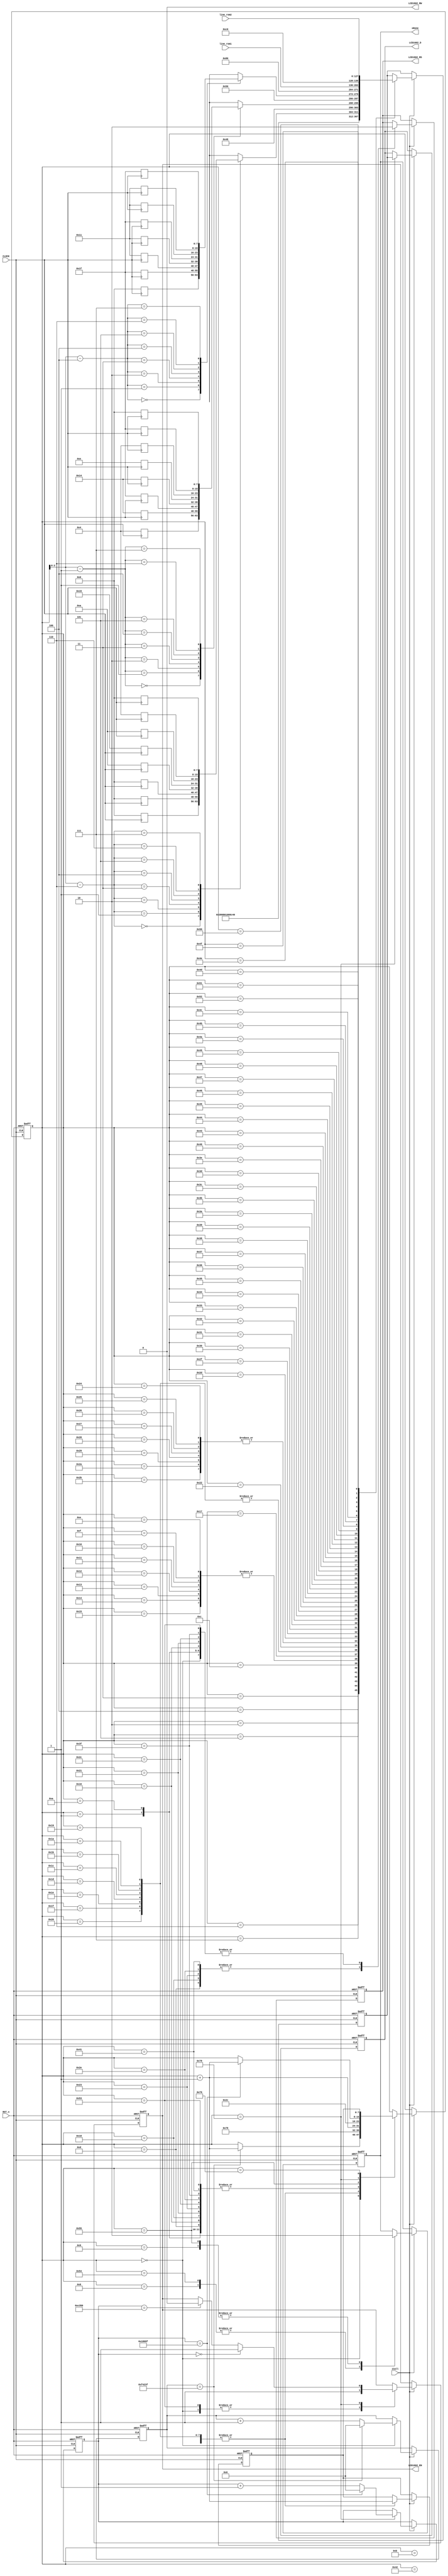
//****************************************************************************//
//# @Author: 
//# @Date:   2019-05-19 21:06:32
//# @Last Modified by:   zlk
//# @WeChat Official Account: OpenFPGA
//# @Last Modified time: 2019-06-30 22:59:30
//# Description: 
//# @Modification History: 2019-05-19 20:58:19
//# Date			    By			   VerDATAn			   Change Description: 
//# ========================================================================= #
//# 2019-05-19 20:58:19
//# ========================================================================= #
//# |                                          								| #
//# |                                OpenFPGA     							| #
//****************************************************************************//
module lcd1602_funcmod
(
    input CLOCK, RST_n,

	//lcd1602 interface
	output 				LCD1602_RS,		//H: Data; L: Instruction code
	output				LCD1602_RW,		//H: Read; L: Write
	output  			LCD1602_EN,		//LCD1602 Chip enable signal
	output		[7:0]	LCD1602_D,		//LCD1602 Data interface

	input		[127:0]	line_rom1,	//LCD1602 1th row display
	input		[127:0]	line_rom2,	//LCD1602 2th row display
	//Signal
	input iCall,
	output oDone
);	 
	 parameter DELAY_TIME = 1000_000;   //Delay for 20ms
	 //localparam DELAY_TIME = 20'd1000;		//Just for test
	 parameter FCLK = 20'd100_000, FHALF = 20'd50_000; // 500hz,(1/500hz)/(1/50Mhz) FCLK 
	 //localparam FCLK = 20'd100, FHALF = 20'd50;        //Just for test
	 parameter FF_Write = 8'd120;//FHALF   //tsp1
	 //localparam FF_Write = 20'd16;        //Just for test

reg [7:0] data_character1  [7:0];    //this is    00H
reg [7:0] data_character2 [7:0];    //           01H
reg [7:0] data_character3 [7:0];   //           02H
always @(posedge CLOCK )
begin
    data_character1[0] <= 8'h00;
    data_character1[1] <= 8'h00;
    data_character1[2] <= 8'h00;
    data_character1[3] <= 8'h0a;
    data_character1[4] <= 8'h15;
    data_character1[5] <= 8'h0a;
    data_character1[6] <= 8'h04;
    data_character1[7] <= 8'h00;
	 
    data_character2[0] <= 8'h04;
    data_character2[1] <= 8'h14;
    data_character2[2] <= 8'h1f;
    data_character2[3] <= 8'h14;
    data_character2[4] <= 8'h0e;
    data_character2[5] <= 8'h04;
    data_character2[6] <= 8'h1f;
    data_character2[7] <= 8'h00;
	
    data_character3[0] <= 8'h00;
    data_character3[1] <= 8'h1F;
    data_character3[2] <= 8'h11;
    data_character3[3] <= 8'h11;
    data_character3[4] <= 8'h1f;
    data_character3[5] <= 8'h11;
    data_character3[6] <= 8'h11;
    data_character3[7] <= 8'h1f;
end
	
	 
	 assign LCD1602_RW=1'b0;
	 reg [19:0]C1,C2;
    reg [7:0]i,Go;
	 reg [7:0]T; //D1  T 
	 reg rRS, rEN; 
	 reg [7:0]rDATA;
	 reg isDone; //isQ  IO 
	 
//LCD1602 init
localparam	DISP_SET	= 	8'h38;	//Display mode: Set 16X2,5X8, 8 bits data
localparam 	DISP_OFF	= 	8'h08;	//Display off
localparam 	CLR_SCR 	= 	8'h01;	//Clear the LCD
localparam 	CURSOR_SET1 = 	8'h06;	//Set Cursor
localparam 	CURSOR_SET2 = 	8'h0C;	//Display on

//CGRAM 
localparam  CGRAM_SET  = 8'h40;

//CGRAM 00H address
localparam  CGRAM0_ADDR  = 8'h48;

//CGRAM 01H address
localparam  CGRAM1_ADDR  = 8'h50;

//CGRAM 02H address
localparam  CGRAM2_ADDR  = 8'h80;

//Display 1th line	
localparam 	ROW1_ADDR	= 	8'h80;	//Line1's first address	

//Display 2th line
localparam 	ROW2_ADDR	= 	8'hC0;	//Line2's first address	

    always @ ( posedge CLOCK or negedge RST_n )	
	     if( !RST_n )
		      begin
				    { C1,C2 } <={ 20'd0,20'd0 };
				    { i,Go } <= { 8'd0,6'd0 };
					 T  <= 8'd0;
					 { rRS, rEN, rDATA } <= 3'b000;
					  isDone <= 1'b0;
				end
/***********************************************************************
 0 
 1 
 2  3~4 
***********************************************************************/
		   else if( iCall )
			    case( i )
				     
					0://20ms
					    begin 
					    	{ rRS,rEN } <= 2'b01; 
					  		if( C2 == DELAY_TIME -1) begin C2 <= 20'd0; i <= i + 1'b1; end
							else C2 <= C2 + 1'b1;
					    end
				
					1:
					    begin  rRS <=1'b0;i <= i + 1'b1; end //{ rRS,rEN } <= 2'b01;
						 
					2:
					    begin T <= 8'h00; i <= FF_Write; Go <= i + 1'b1; end   //IDLE

					3:
					    begin T <= DISP_SET; i <= FF_Write; Go <= i + 1'b1; end

					4:
					    begin T <= DISP_OFF; i <= FF_Write; Go <= i + 1'b1; end

					5:
					    begin T <= CLR_SCR; i <= FF_Write; Go <= i + 1'b1; end

					6:
					    begin T <= CURSOR_SET1; i <= FF_Write; Go <= i + 1'b1; end

					7:
						 begin T <= CURSOR_SET2; i <= FF_Write; Go <= i + 1'b1; end
						
						
					8:
					    begin isDone <= 1'b1; i <= i + 1'b1; end
					  
					9:
					    begin isDone <= 1'b0; i <= i + 1'b1; end

					10://write CGRAM
					    begin rRS <=1'b0; i <= i + 1'b1; end//{ rRS,rEN } <= 2'b00;CGRAM_SET 
					11:
						 i <= i + 1'b1;//begin T <= CGRAM_SET; i <= FF_Write; Go <= i + 1'b1; end
					12:
						 begin T <= CGRAM_SET; i <= FF_Write; Go <= i + 1'b1; end	//CGRAM0_ADDR					
					13:
					    begin rRS <=1'b1; i <= i + 1'b1; end//{ rRS,rEN } <= 2'b11;

					14,15,16,17,18,19,20,21 :
						 begin T <= data_character1[i-14]; i <= FF_Write; Go <= i + 1'b1; end

					22://write CGRAM
					    begin rRS <=1'b0; i <= i + 1'b1; end//{ rRS,rEN } <= 2'b00;CGRAM_SET 
					23:
						 begin T <= CGRAM0_ADDR; i <= FF_Write; Go <= i + 1'b1; end						
					24:
					    begin rRS <=1'b1; i <= i + 1'b1; end//{ rRS,rEN } <= 2'b11;
					25,26,27,28,29,30,31,32 :
						 begin T <= data_character2[i-25]; i <= FF_Write; Go <= i + 1'b1; end

					33://write CGRAM
					    begin rRS <=1'b0; i <= i + 1'b1; end//{ rRS,rEN } <= 2'b00;CGRAM_SET 
					34:
						 begin T <= CGRAM1_ADDR; i <= FF_Write; Go <= i + 1'b1; end						
					35:
					    begin rRS <=1'b1; i <= i + 1'b1; end//{ rRS,rEN } <= 2'b11;
					36,37,38,39,40,41,42,43 :
						 begin T <= data_character3[i-36]; i <= FF_Write; Go <= i + 1'b1; end

					44:
					    begin rRS <=1'b0; i <= i + 1'b1; end//{ rRS,rEN } <= 2'b00;
					45:
						 begin T <= ROW1_ADDR; i <= FF_Write; Go <= i + 1'b1; end
					46:
					    begin rRS <=1'b1; i <= i + 1'b1; end//{ rRS,rEN } <= 2'b11;
						 
					47:
						 begin T <= line_rom1[127:120]; i <= FF_Write; Go <= i + 1'b1; end
					48:
						 begin T <= line_rom1[119:112]; i <= FF_Write; Go <= i + 1'b1; end
					49:
						 begin T <= line_rom1[111:104]; i <= FF_Write; Go <= i + 1'b1; end							
					50:
						 begin T <= line_rom1[103: 96]; i <= FF_Write; Go <= i + 1'b1; end
					51:
						 begin T <= line_rom1[ 95: 88]; i <= FF_Write; Go <= i + 1'b1; end
					52:
						 begin T <= line_rom1[ 87: 80]; i <= FF_Write; Go <= i + 1'b1; end
					53:
						 begin T <= line_rom1[ 79: 72]; i <= FF_Write; Go <= i + 1'b1; end
					54:
						 begin T <= line_rom1[ 71: 64]; i <= FF_Write; Go <= i + 1'b1; end
					55:
						 begin T <= line_rom1[ 63: 56]; i <= FF_Write; Go <= i + 1'b1; end
					56:
						 begin T <= line_rom1[ 55: 48]; i <= FF_Write; Go <= i + 1'b1; end
					57:
						 begin T <= line_rom1[ 47: 40]; i <= FF_Write; Go <= i + 1'b1; end
					58:
						 begin T <= line_rom1[ 39: 32]; i <= FF_Write; Go <= i + 1'b1; end
					59:
						 begin T <= line_rom1[ 31: 24]; i <= FF_Write; Go <= i + 1'b1; end
					60:
						 begin T <= line_rom1[ 23: 16]; i <= FF_Write; Go <= i + 1'b1; end
					61:
						 begin T <= line_rom1[ 15:  8]; i <= FF_Write; Go <= i + 1'b1; end
					62:
						 begin T <= line_rom1[  7:  0]; i <= FF_Write; Go <= i + 1'b1; end

				    /**********************************************************************/
					63:
					    begin rRS <=1'b0; i <= i + 1'b1; end//{ rRS,rEN } <= 2'b00;
					64:
						 begin T <= ROW2_ADDR; i <= FF_Write; Go <= i + 1'b1; end
					65:
					    begin  rRS <=1'b1;i <= i + 1'b1; end//{ rRS,rEN } <= 2'b11;
				   66:
						i <= i + 1'b1;
					67:
						begin T <= line_rom2[127:120]; i <= FF_Write; Go <= i + 1'b1; end
				   68:
						begin T <= line_rom2[119:112]; i <= FF_Write; Go <= i + 1'b1; end
					69:
						begin T <= line_rom2[111:104]; i <= FF_Write; Go <= i + 1'b1; end							
					70:
						begin T <= line_rom2[103: 96]; i <= FF_Write; Go <= i + 1'b1; end
					71:
						begin T <= line_rom2[ 95: 88]; i <= FF_Write; Go <= i + 1'b1; end
					72:
						begin T <= line_rom2[ 87: 80]; i <= FF_Write; Go <= i + 1'b1; end
					73:
						begin T <= line_rom2[ 79: 72]; i <= FF_Write; Go <= i + 1'b1; end
					74:
						begin T <= line_rom2[ 71: 64]; i <= FF_Write; Go <= i + 1'b1; end
					75:
						begin T <= line_rom2[ 63: 56]; i <= FF_Write; Go <= i + 1'b1; end
					76:
						begin T <= line_rom2[ 55: 48]; i <= FF_Write; Go <= i + 1'b1; end
					77:
						begin T <= line_rom2[ 47: 40]; i <= FF_Write; Go <= i + 1'b1; end
					78:
						begin T <= line_rom2[ 39: 32]; i <= FF_Write; Go <= i + 1'b1; end
					79:
						begin T <= line_rom2[ 31: 24]; i <= FF_Write; Go <= i + 1'b1; end
					80:
						begin T <= line_rom2[ 23: 16]; i <= FF_Write; Go <= i + 1'b1; end
					81:
						begin T <= line_rom2[ 15:  8]; i <= FF_Write; Go <= i + 1'b1; end
					82:
						begin T <= line_rom2[  7:  0]; i <= FF_Write; Go <= i + 1'b1; end//Go <= i + 1'b1;
					83:
					    begin { rRS,rEN } <= 2'b01; i <= i + 1'b1; end 

					84:
					  begin isDone <= 1'b1; i <= i + 1'b1; end
					  
					85:
					  begin isDone <= 1'b0; i <= 8'd44; end//
					  
					  /******************/
					  
					  120:
					  begin

					      rDATA <= T;//
							
						if( C1 == 0 ) rEN <= 1'b1;
 					    else if( C1 == FHALF ) rEN <= 1'b0;
					  
					    if( C1 == FCLK -1) begin C1 <= 20'd0; i <= i + 1'b1; end
						else C1 <= C1 + 1'b1;
					  end
					  
					 121:
					  i <= Go;
					  
				 endcase
       
/***********************************************************************
 rDATA  LCD1602_D_DATA D  oData	
***********************************************************************/
		assign { LCD1602_RS,LCD1602_EN } = { rRS,rEN };
		assign LCD1602_D = rDATA ;  //isQ ? rDATA : 1'bz;
		assign oDone = isDone;

endmodule